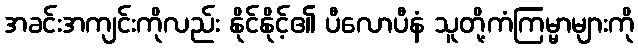
အခင်းအကျင်းကိုလည်း နိုင်နိုင့်၏ ပီလောပီနံ သူတို့ကံကြမ္မာများကို